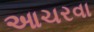
આચરવા